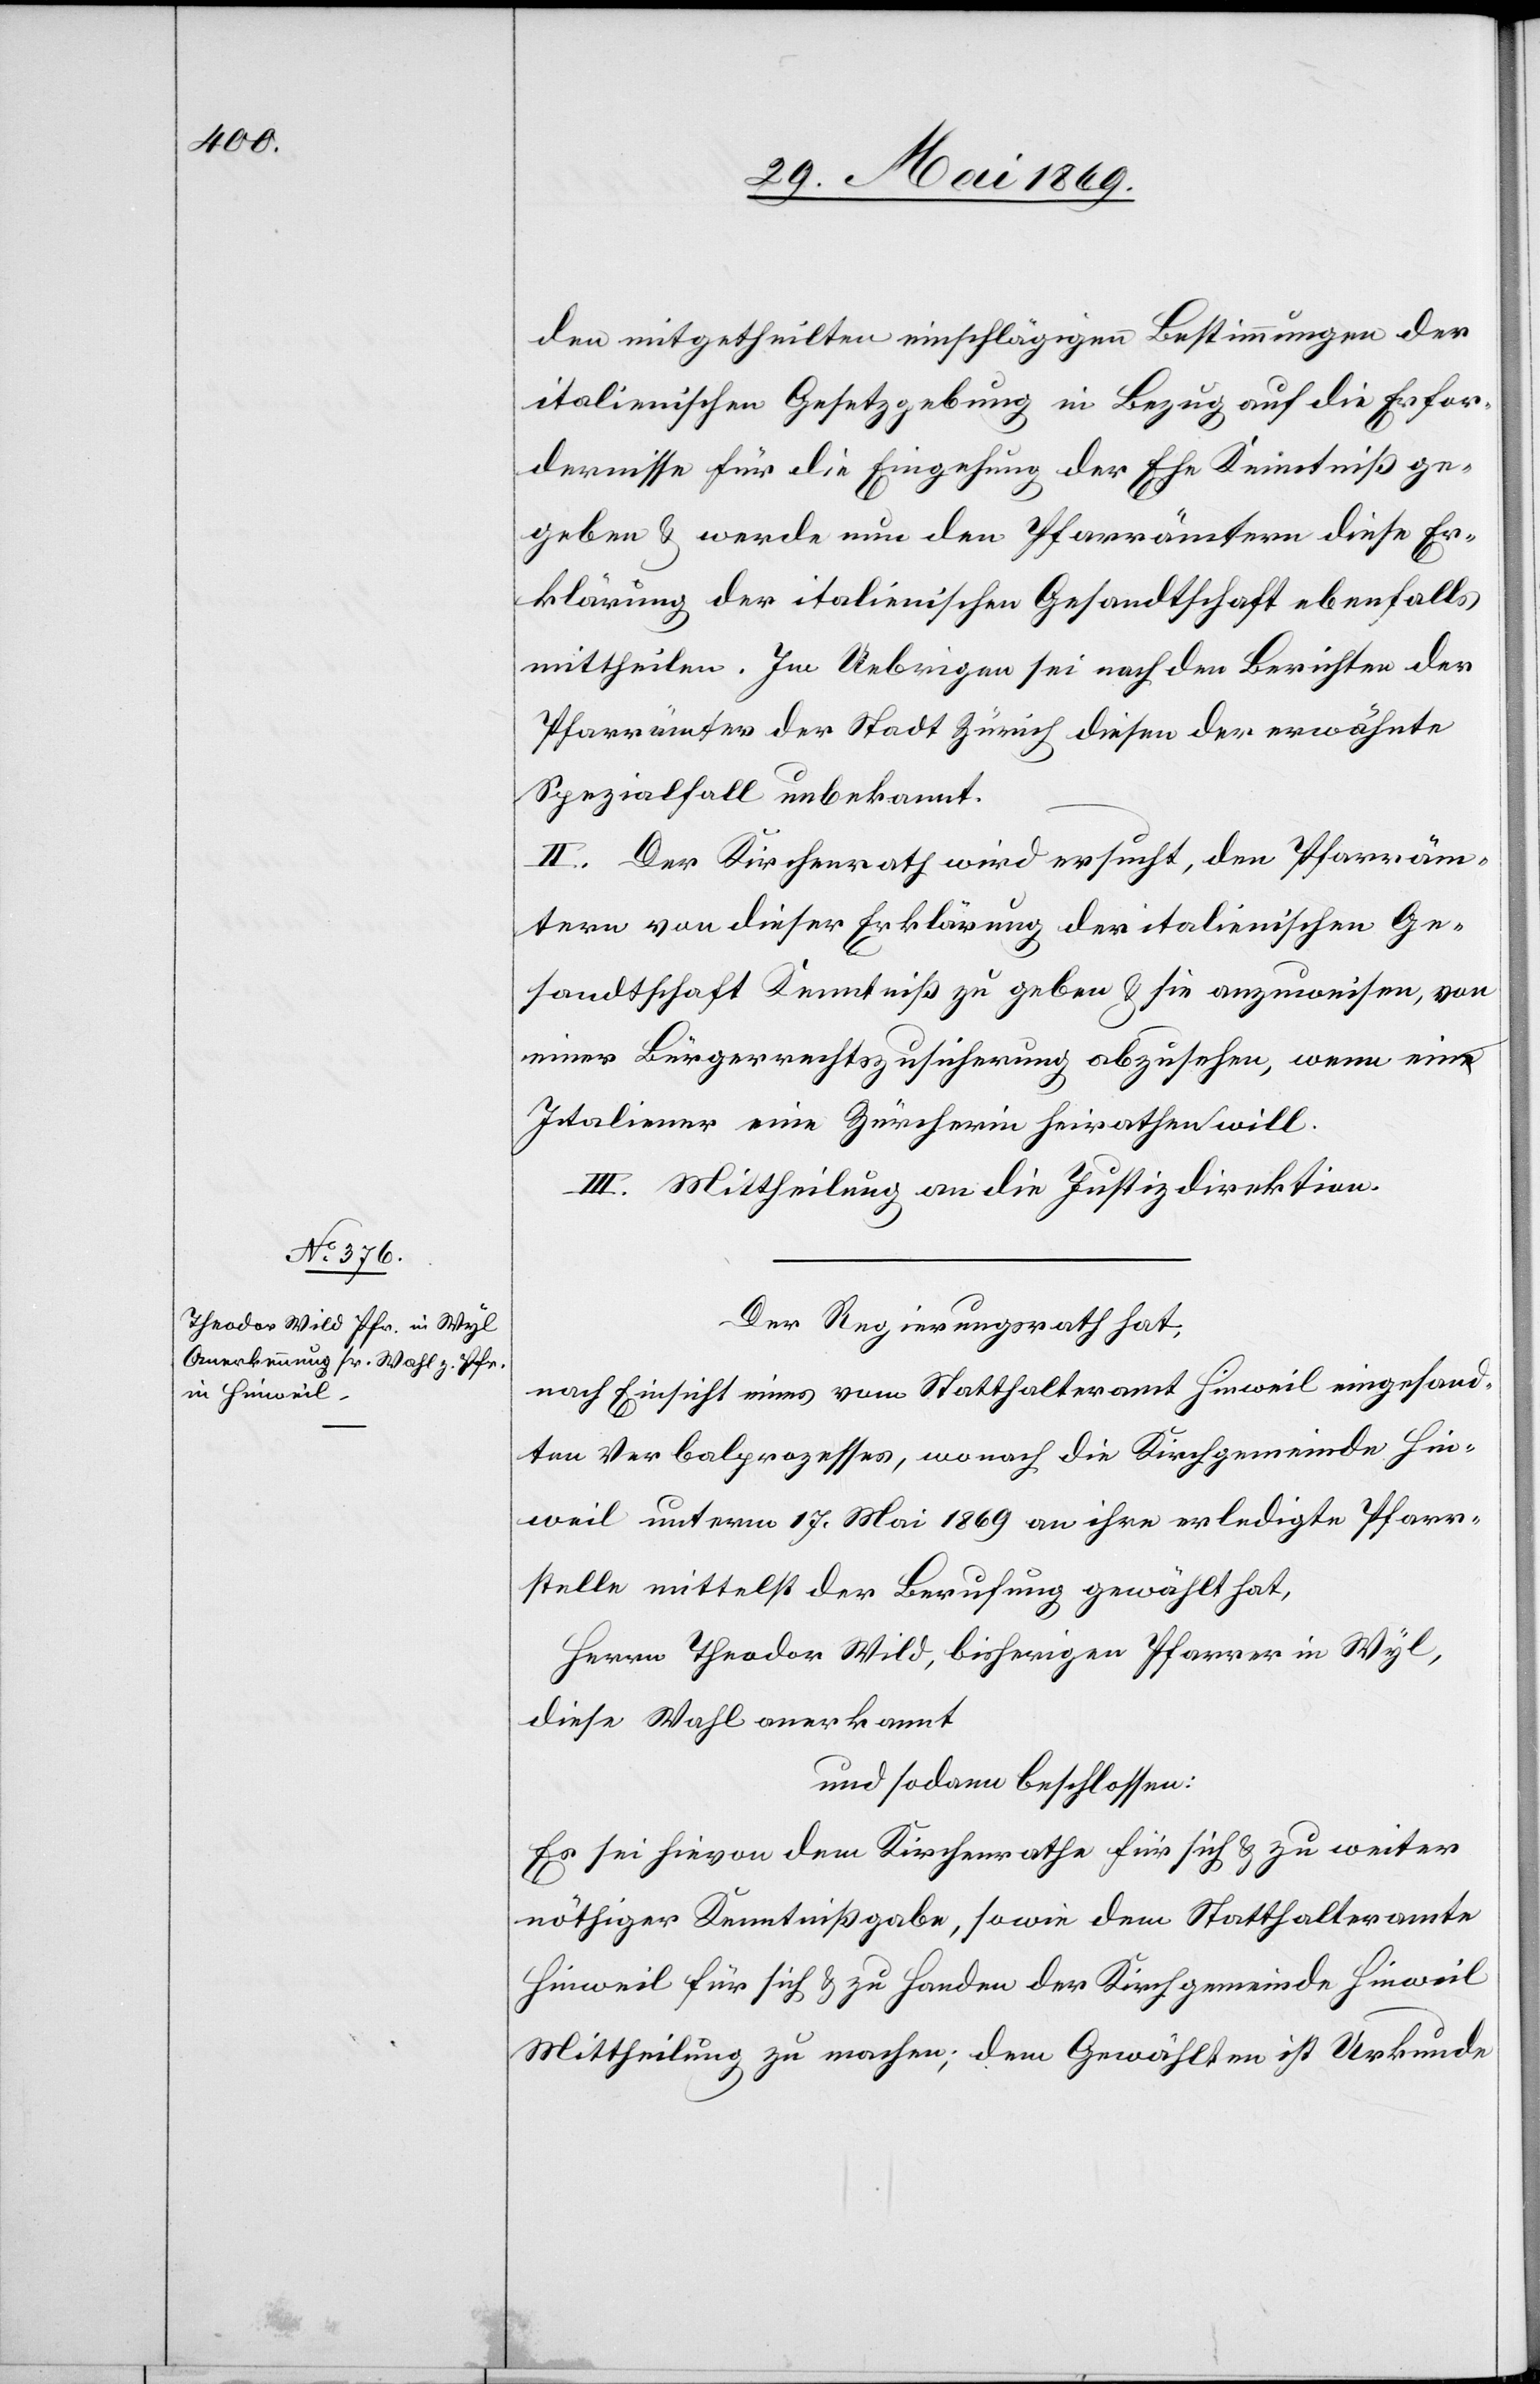
den mitgetheilten einschlägigen Bestimmungen der
italienischen Gesetzgebung in Bezug auf die Erfor¬
dernisse für die Eingehung der Ehe Kenntniß ge¬
geben u. werde nun den Pfarrämtern diese Er¬
klärung der italienischen Gesandtschaft ebenfalls
mittheilen. Im Uebrigen sei nach den Berichten der
Pfarrämter der Stadt Zürich diesen der erwähnte
Spezialfall unbekannt.
II. Der Kirchenrath wird ersucht, den Pfarräm¬
tern von dieser Erklärung der italienischen Ge¬
sandtschaft Kenntniß zu geben u. sie anzuweisen, von
einer Bürgerrechtszusicherung abzusehen, wenn ein
Italiener eine Zürcherin heirathen will.
III. Mittheilung an die Justizdirektion.
Der Regierungsrath hat,
nach Einsicht eines vom Statthalteramt Hinweil eingesand¬
ten Verbalprozesses, wonach die Kirchgemeinde Hin¬
weil unterm 17 Mai 1869 an ihre erledigte Pfarr¬
stelle mittelst der Berufung gewählt hat,
Herrn Theodor Wild, bisherigen Pfarrer in Wyl,
diese Wahl anerkannt
und sodann beschlossen:
Es sei hievon dem Kirchenrathe für sich u. zu weiter
nöthiger Kenntnißgabe, sowie dem Statthalteramte
Hinweil für sich u. zu Handen der Kirchgemeinde Hinweil
Mittheilung zu machen, dem Gewählten ist Urkunde